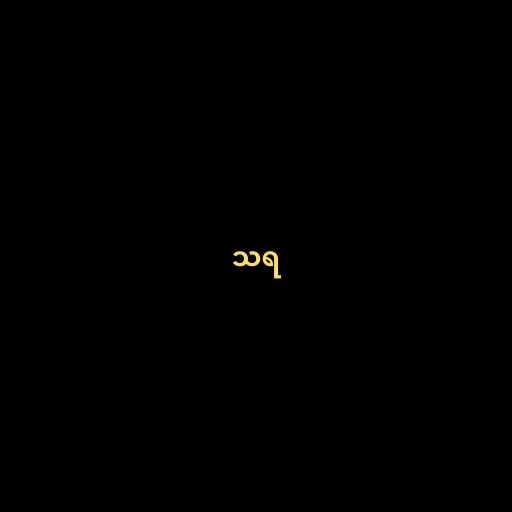
သရ